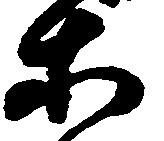
等